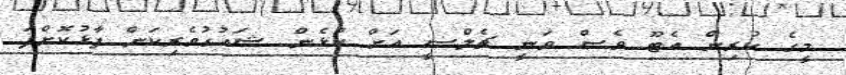
މީގެ ކުރިން އެޓޫ ވެސް ވަނީ ޗެލްސީ އަށް ކުޅެން ޝައުގުވެރިކަން ފާޅުކޮށްފަ